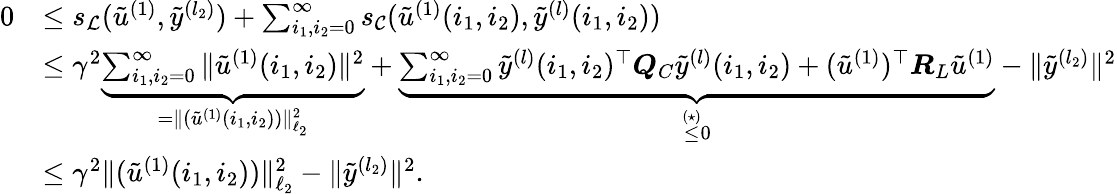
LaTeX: \begin{array}{rl}{0}&{\leq s_{\mathcal{L}}(\tilde{u}^{(1)},\tilde{y}^{(l_{2})})+\sum_{i_{1},i_{2}=0}^{\infty}s_{\mathcal{C}}(\tilde{u}^{(1)}(i_{1},i_{2}),\tilde{y}^{(l)}(i_{1},i_{2}))}\\ &{\leq\gamma^{2}\underbrace{\sum_{i_{1},i_{2}=0}^{\infty}\| \tilde{u}^{(1)}(i_{1},i_{2})\| ^{2}}_{=\| (\tilde{u}^{(1)}(i_{1},i_{2}))\| _{\ell_{2}}^{2}}+\underbrace{\sum_{i_{1},i_{2}=0}^{\infty}\tilde{y}^{(l)}(i_{1},i_{2})^{\top}\boldsymbol{Q}_{C}\tilde{y}^{(l)}(i_{1},i_{2})+(\tilde{u}^{(1)})^{\top}\boldsymbol{R}_{L}\tilde{u}^{(1)}}_{\overset{(\star)}{\leq}0}-\| \tilde{y}^{(l_{2})}\| ^{2}}\\ &{\leq\gamma^{2}\| (\tilde{u}^{(1)}(i_{1},i_{2}))\| _{\ell_{2}}^{2}-\| \tilde{y}^{(l_{2})}\| ^{2}.}\end{array}